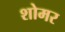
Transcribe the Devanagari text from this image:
शोमर